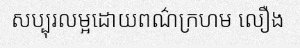
សប្បុរលម្អដោយពណ៌ក្រហម លឿង